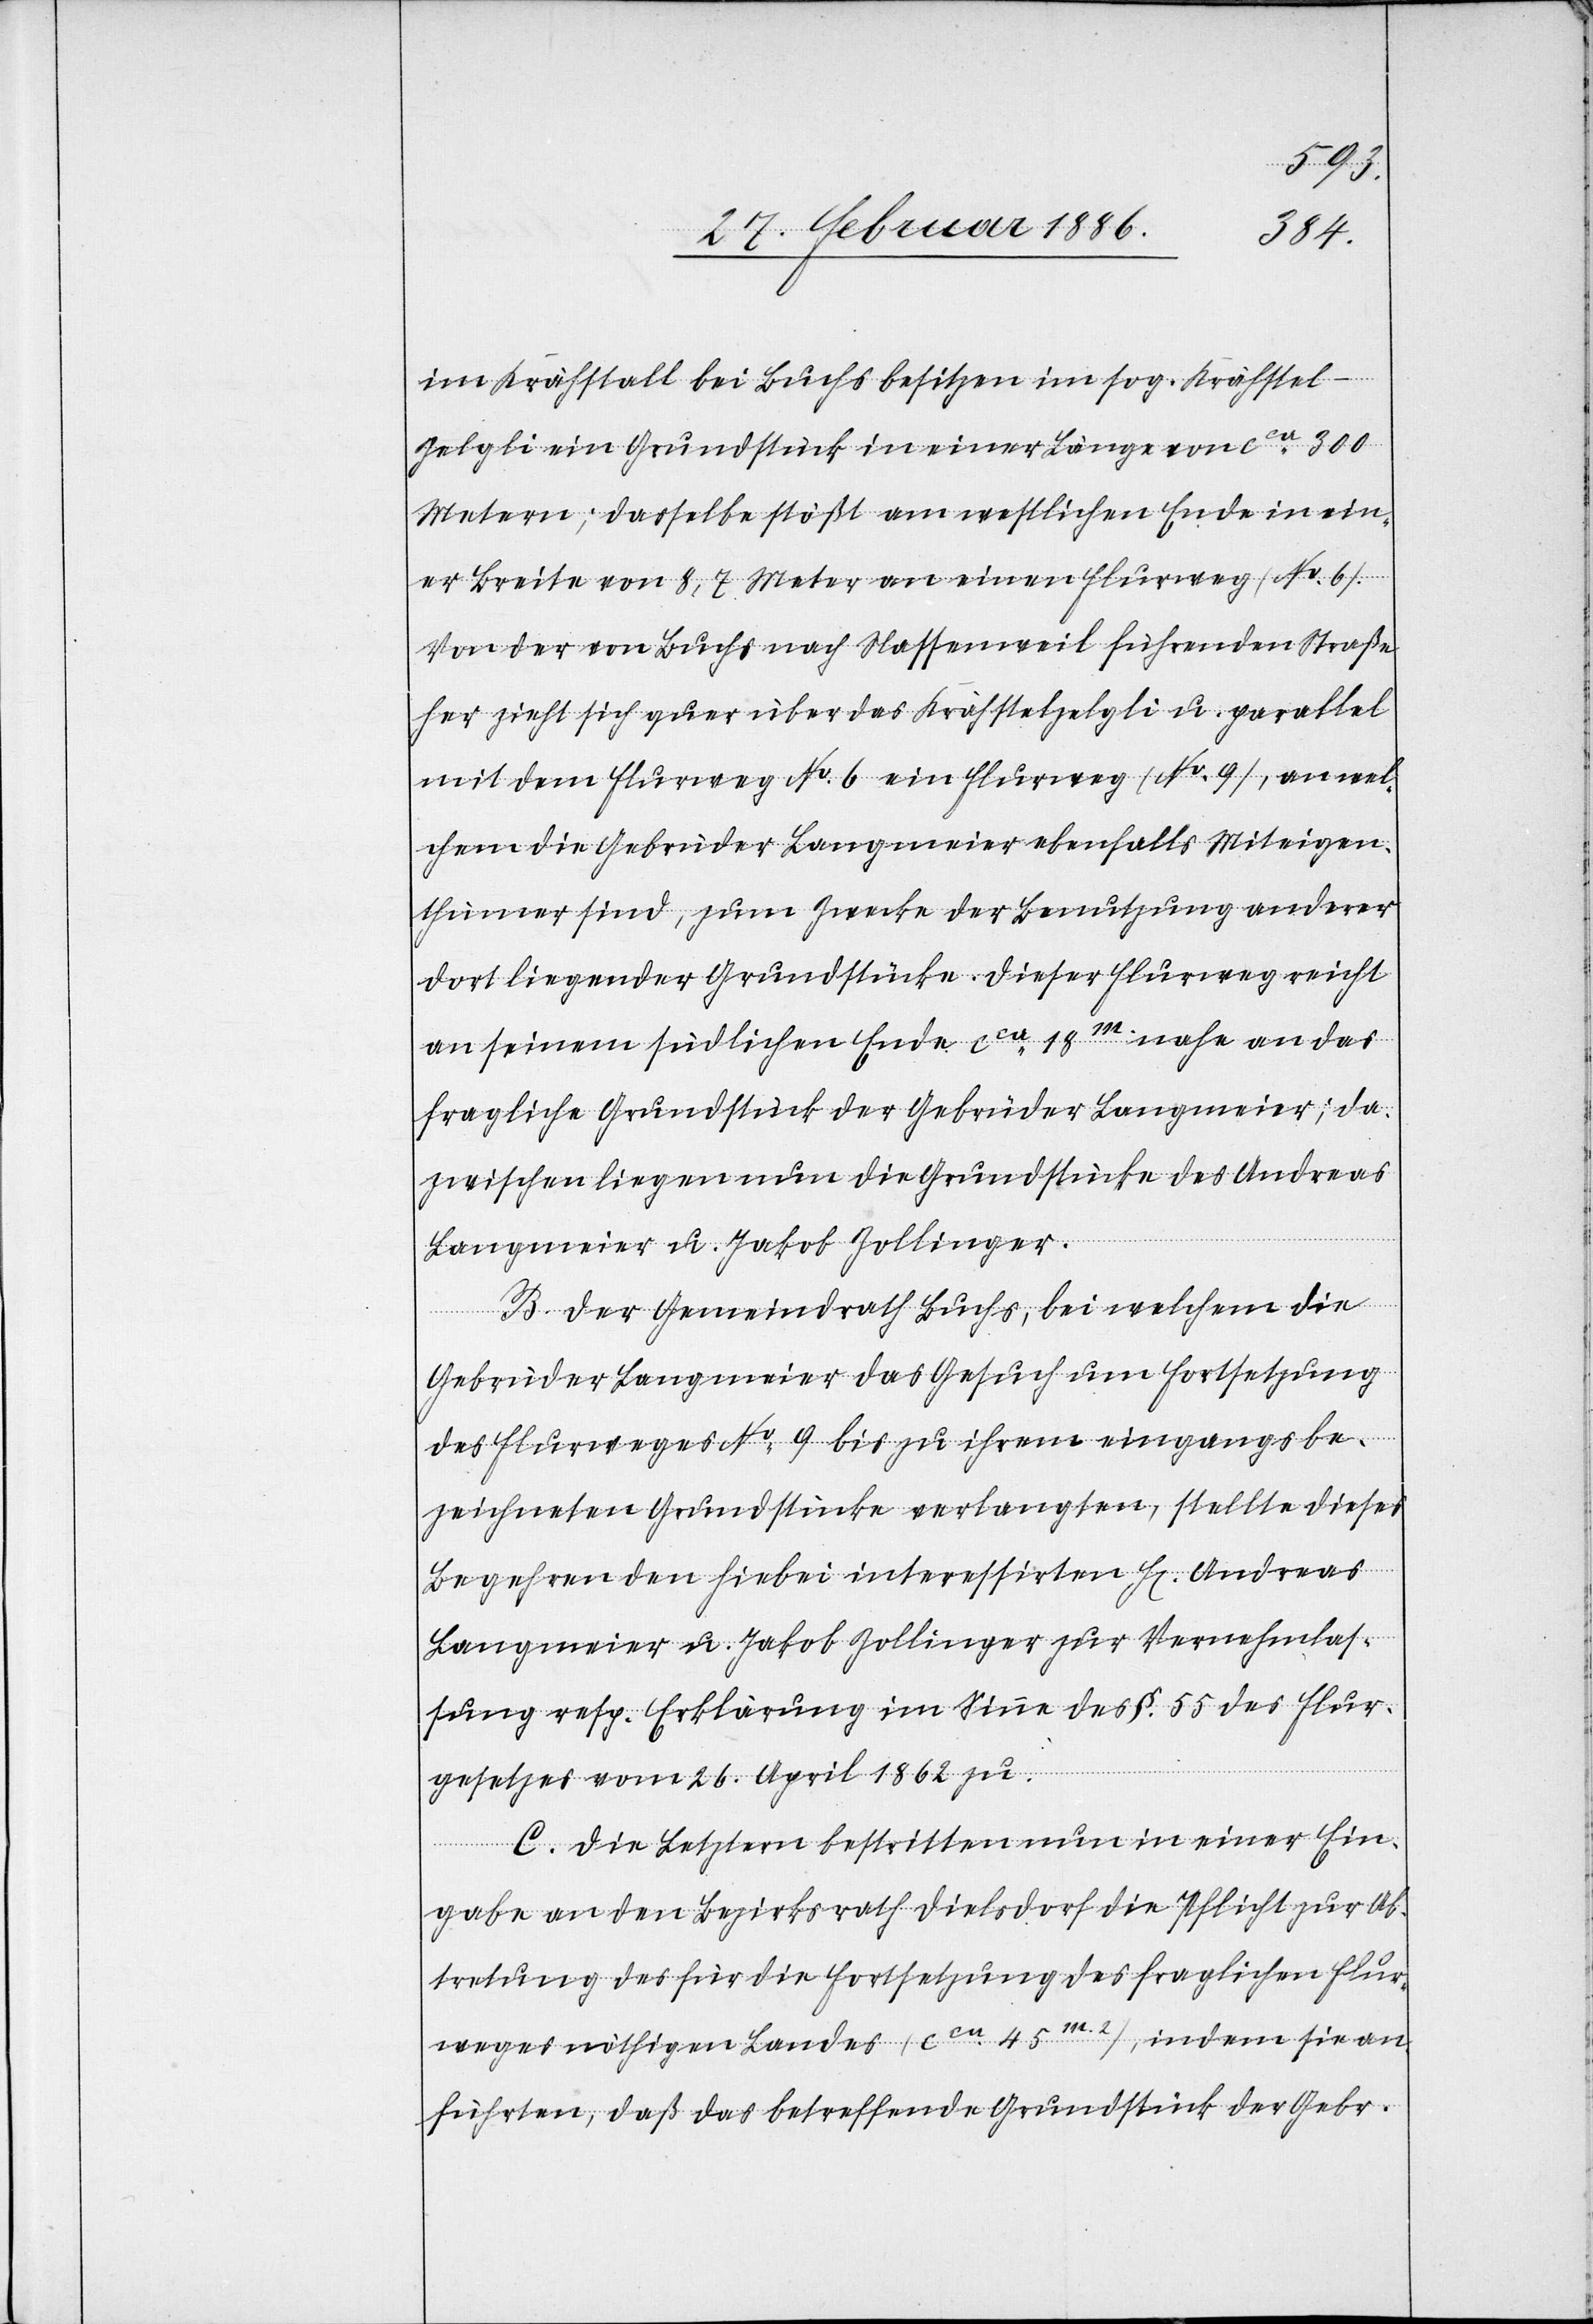
im Krähstall bei Buchs besitzen im sog. Krähstel-Z¬
elgli ein Grundstück in einer Länge von cca 300
Metern; dasselbe stößt am westlichen Ende in ein¬
er Breite von 8,7 Meter an einen Flurweg (No. 6).
Von der von Buchs nach Nassenweil führenden Straße
her zieht sich quer über das Krähstelzelgli u. parallel
mit dem Flurweg No. 6 ein Flurweg (No. 9), an wel¬
chem die Gebrüder Langmeier ebenfalls Miteigen¬
thümer sind, zum Zweck der Benutzung anderer
dort liegender Grundstücke. Dieser Flurweg reicht
an seinem südlichen Ende cca 18m. nahe an das
fragliche Grundstück der Gebrüder Langmeier; da¬
zwischen liegen nun die Grundstücke des Andreas
Langmeier u. Jakob Zollinger.
B. Der Gemeindrath Buchs, bei welchem die
Gebrüder Langmeier das Gesuch um Fortsetzung
des Flurweges No. 9 bis zu ihrem eingangs be¬
zeichneten Grundstücke verlangten, stellte dieses
Begehren den hiebei interessirten H[erren] Andreas
Langmeier u. Jakob Zollinger zur Vernehmlas¬
sung resp. Erklärung im Sinne des §. 55 des Flur¬
gesetzes vom 26. April 1862 zu.
C. Die Letzteren bestritten nun in einer Ein¬
gabe an den Bezirksrath Dielsdorf die Pflicht zur Ab¬
tretung des für die Fortsetzung des fraglichen Flur¬
weges nöthigen Landes (cca 45m.2), indem sie an¬
führten, daß das betreffende Grundstück der Gebr.